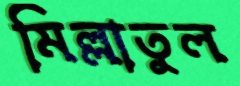
মিল্লাতুল